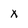
Character: x